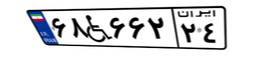
۶۸W۶۶۲۲۴